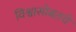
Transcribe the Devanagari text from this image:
विश्वासोबतचे